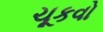
ચૂકવો